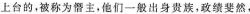
上台的，被称为僭主，他们一般出身贵族，政绩斐然，